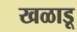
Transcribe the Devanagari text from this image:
खळाडू